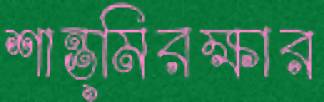
শান্ত্মিরক্ষার